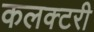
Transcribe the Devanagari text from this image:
कलक्टरी